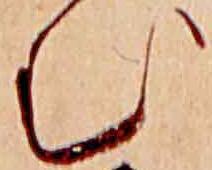
む